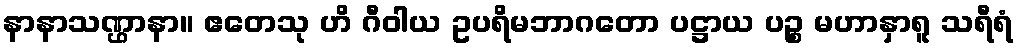
နာနာသဏ္ဌာနာ။ ဧတေသု ဟိ ဂီဝါယ ဥပရိမဘာဂတော ပဋ္ဌာယ ပဉ္စ မဟာနှာရူ သရီရံ